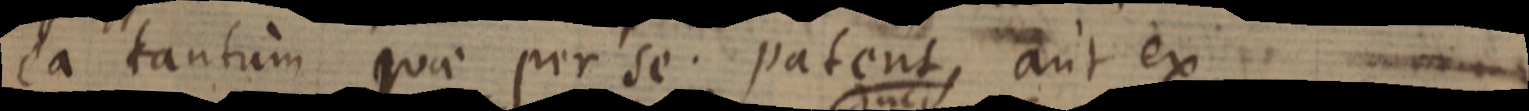
ea tantum quae per se patent, aut ex